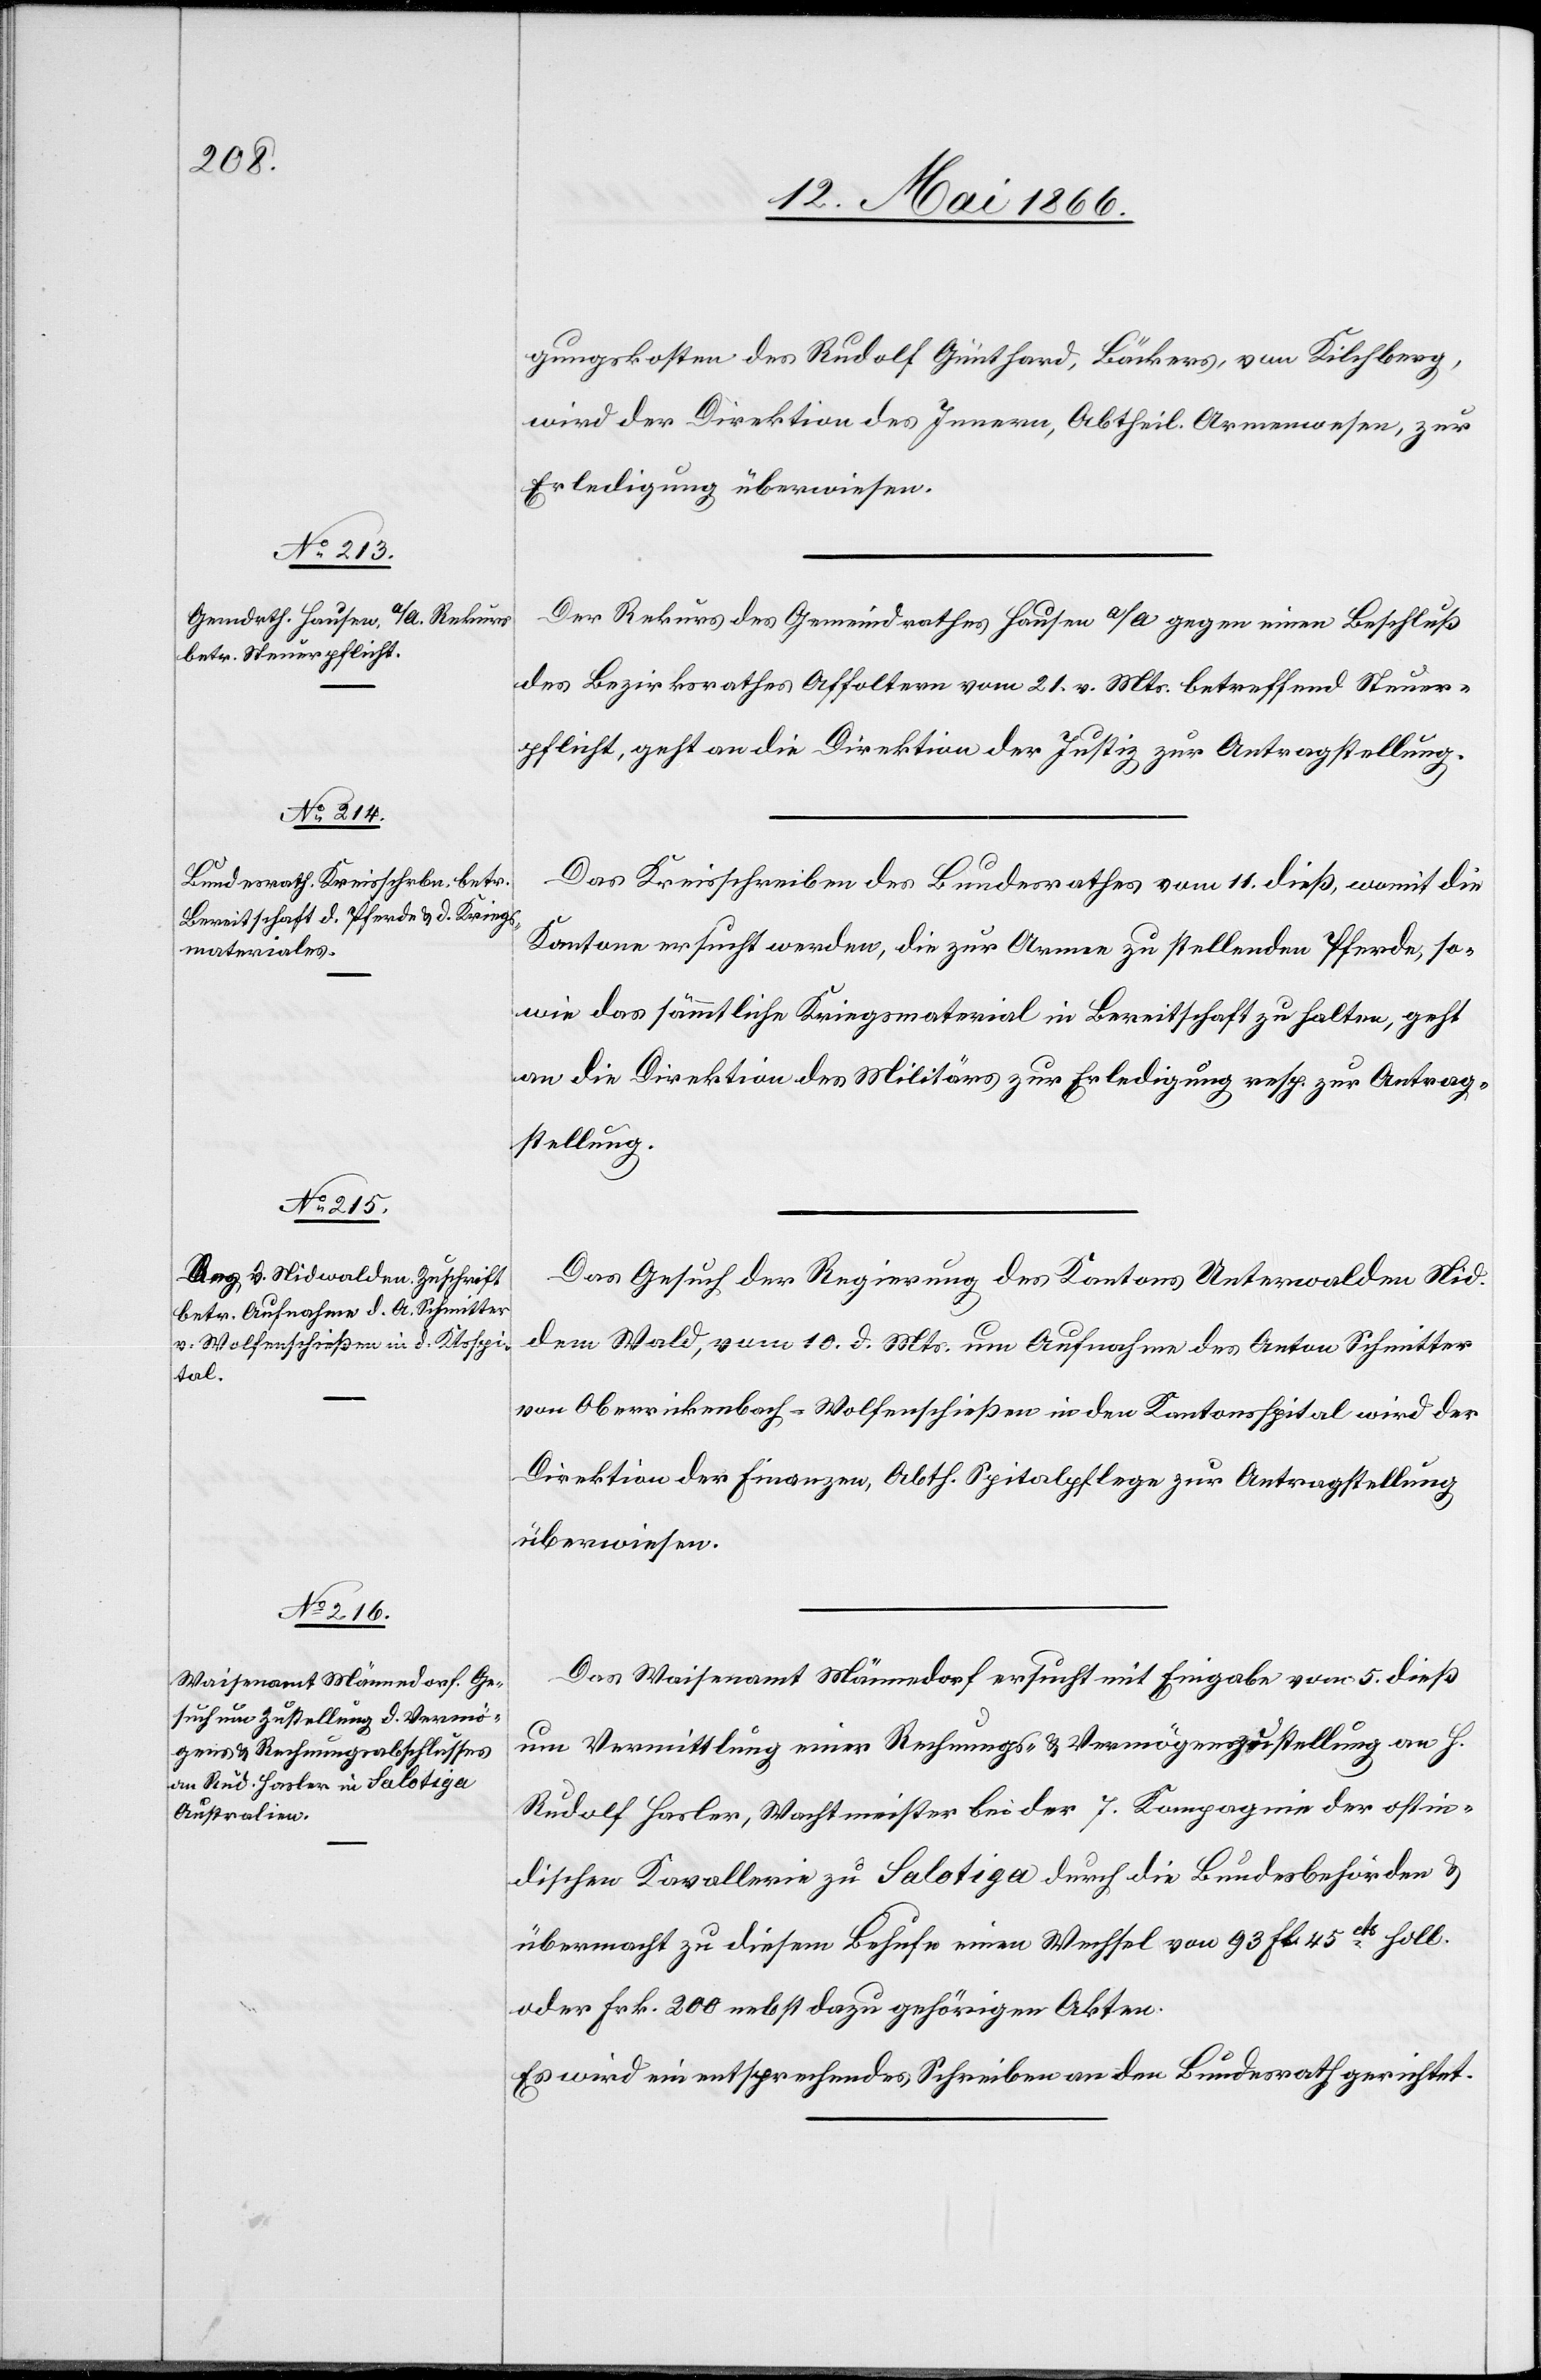
14. Mai 1866.]
gungskosten des Rudolf Günthard, Bäckers, von Kilchberg,
wird der Direktion des Innern, Abtheil. Armenwesen, zur
Erledigung überwiesen.
Der Rekurs des Gemeindrathes Hausen a/A gegen einen Beschluß
des Bezirksrathes Affoltern vom 21. v. Mts. betreffend Steuer¬
pflicht, geht an die Direktion der Justiz zur Antragstellung.
Das Kreisschreiben des Bundesrathes vom 11. dieß, womit die
Kantone ersucht werden, die zur Armee zu stellenden Pferde, so¬
wie das sämmtliche Kriegsmaterial in Bereitschaft zu halten, geht
an die Direktion der Militärs zur Erledigung resp. zur Antrag¬
stellung.
Das Gesuch der Regierung des Kantons Unterwalden Nid
dem Wald, vom 10. d. Mts. um Aufnahme des Anton Schmitter
von Oberrickenbach-Wolfenschießen in den Kantonsspital wird der
Direktion der Finanzen, Abth. Spitalpflege zur Antragstellung
überwiesen.
Das Waisenamt Männedorf ersucht mit Eingabe vom 5. dieß
um Vermittlung einer Rechnungs- u. Vermögensstellung an H.
Rudolf Hasler, Wachtmeister bei der 7. Kompagnie der ostin¬
dischen Kavallerie zu Salotiga durch die Bundesbehörden u.
übermacht zu diesem Behufe einen Wechsel von 93 fl. 45cts. holl.
oder Frk. 200 nebst dazu gehörigen Akten.
Es wird ein entsprechendes Schreiben an den Bundesrath gerichtet.